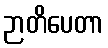
ဉာတိပေတာ